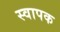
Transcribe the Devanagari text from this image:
स्‍वापक